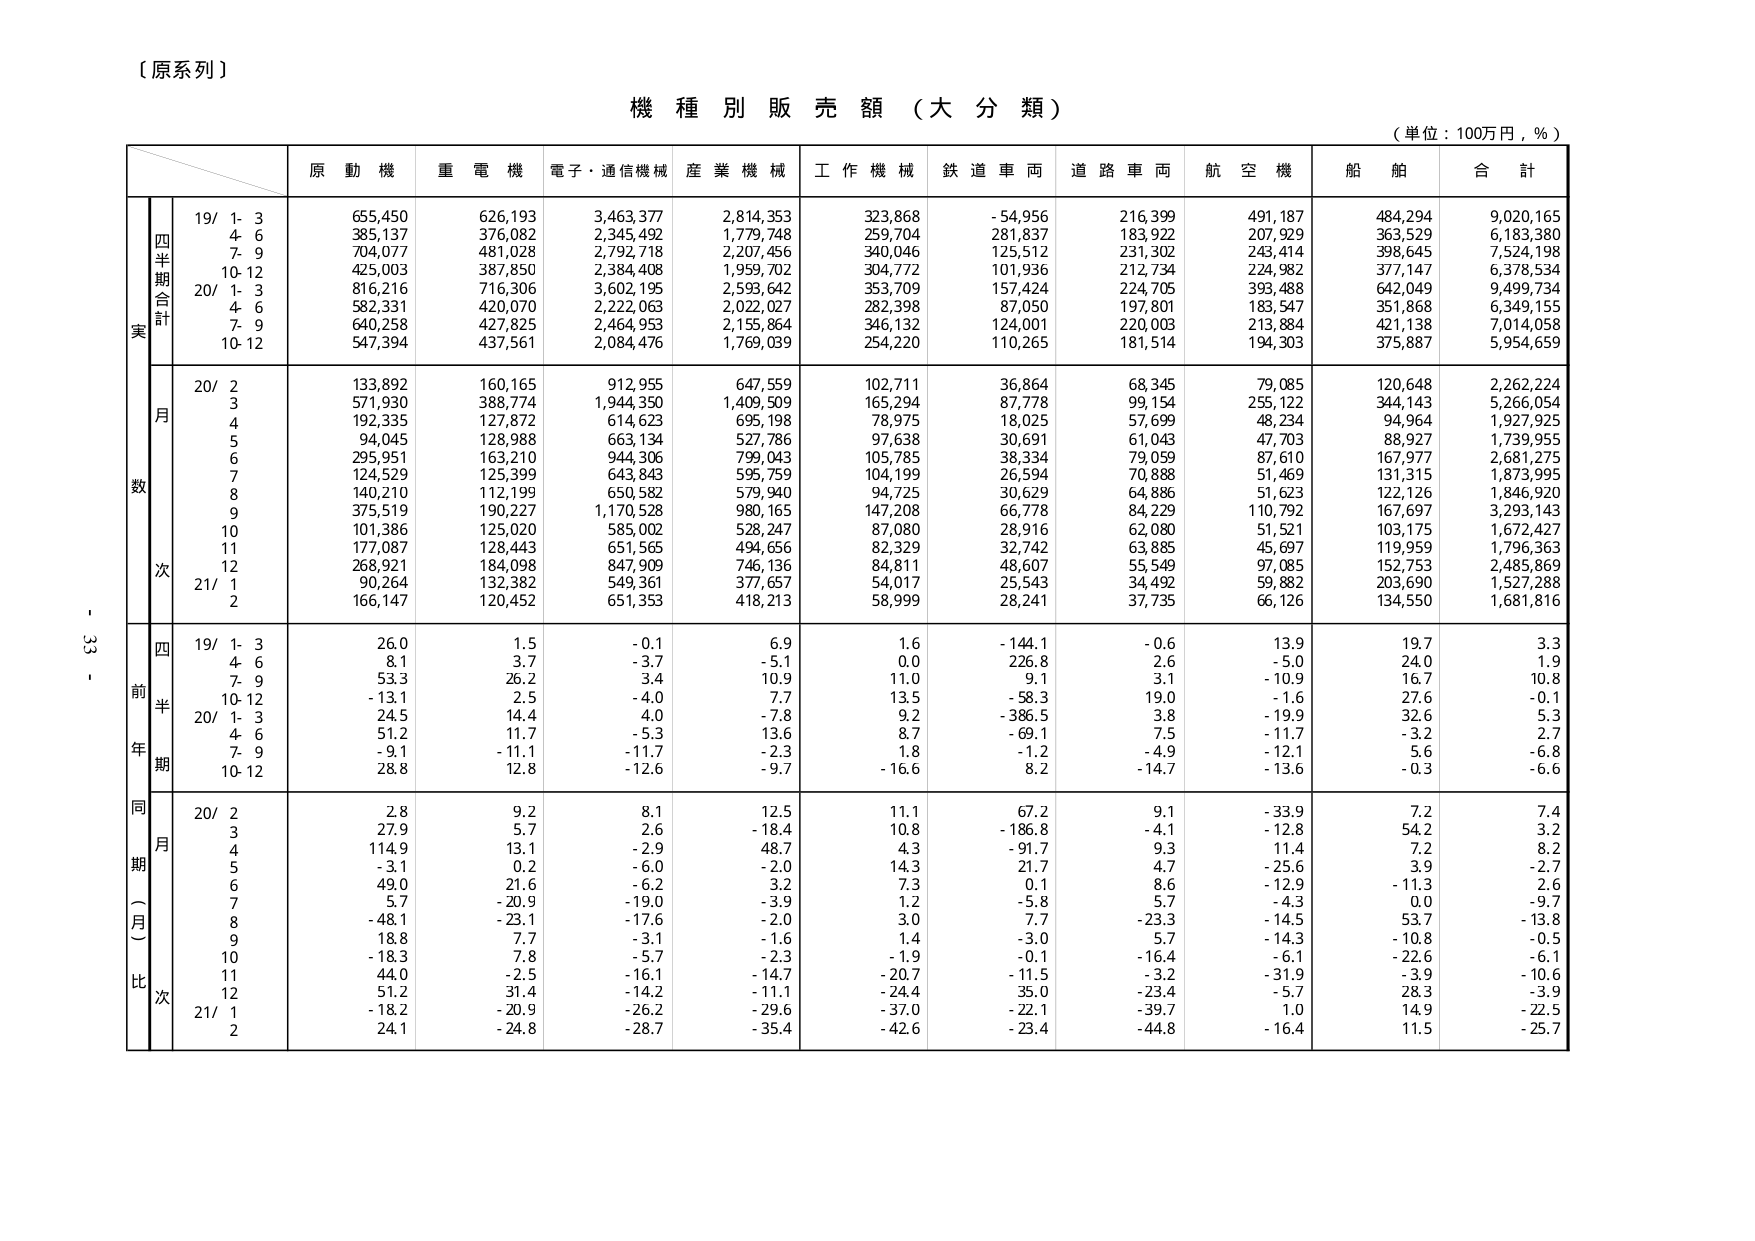
〔原系列〕

機 種 別 販 売 額 （大 分 類）

（単位：100万円，％）